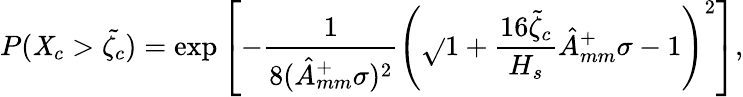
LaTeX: P(\mathit{X}_{c}>\tilde{{\zeta_{c}}})=\exp\left[-\frac{{1}}{{8({\hat{{A}}}_{mm}^{+}\sigma)^{2}}}\left(\sqrt{}{{1+\frac{{16\tilde{{\zeta}}_{c}}}{{H_{s}}}{\hat{{A}}}_{mm}^{+}\sigma}}-1\right)^{2}\right],